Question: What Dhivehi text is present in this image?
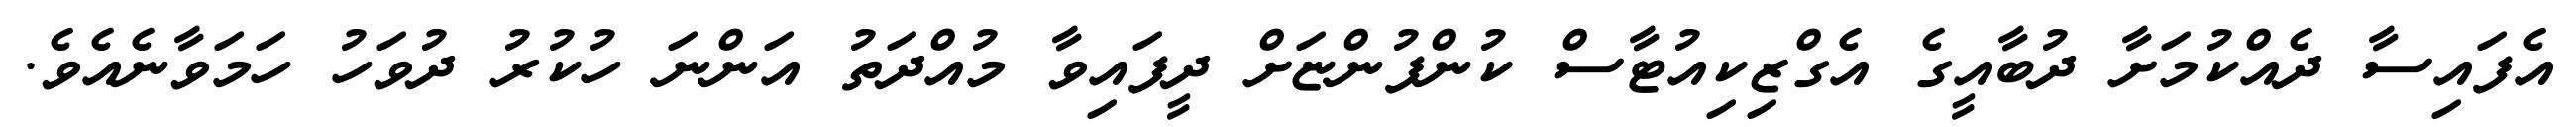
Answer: އެފައިސާ ދެއްކުމަށާ ދުބާއީގެ އެގްޒިކިއުޓާސް ކުންފުންޏަށް ދީފައިވާ މުއްދަތު އަންނަ ހުކުރު ދުވަހު ހަމަވާނެއެވެ.